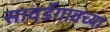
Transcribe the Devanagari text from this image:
सावर्डेगावच्या